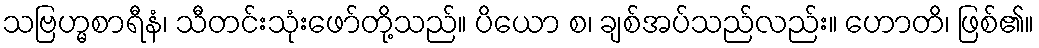
သဗြဟ္မစာရီနံ၊ သီတင်းသုံးဖော်တို့သည်။ ပိယော စ၊ ချစ်အပ်သည်လည်း။ ဟောတိ၊ ဖြစ်၏။